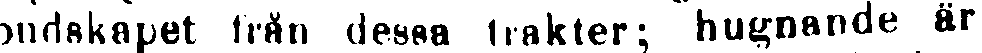
budskapet från dessa trakter; hugnande är